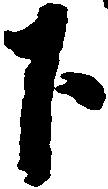
下